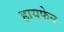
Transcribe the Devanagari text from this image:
हायफेन